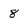
Character: 8